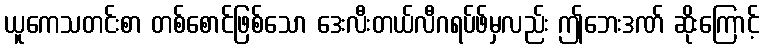
ယူကေသတင်းစာ တစ်စောင်ဖြစ်သော ဒေးလီးတယ်လီဂရပ်ဖ်မှလည်း ဤဘေးဒဏ် ဆိုးကြောင့်